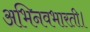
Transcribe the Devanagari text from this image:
अभिनवभारती।